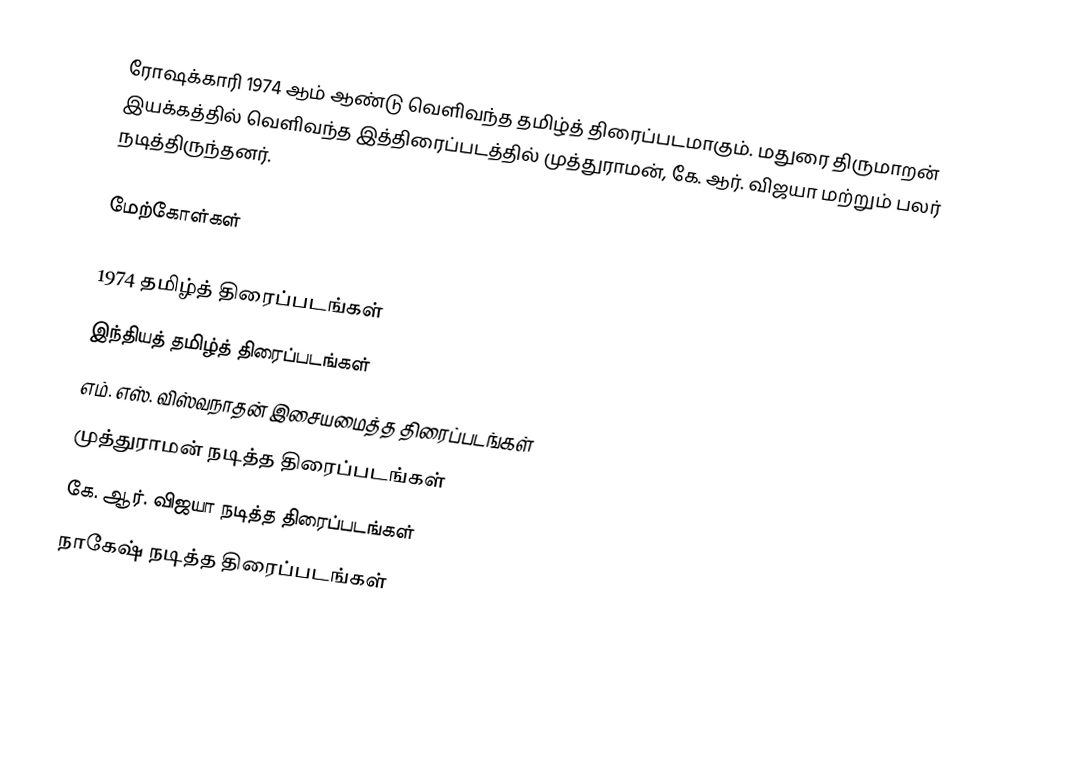
ரோஷக்காரி 1974 ஆம் ஆண்டு வெளிவந்த தமிழ்த் திரைப்படமாகும். மதுரை திருமாறன் இயக்கத்தில் வெளிவந்த இத்திரைப்படத்தில் முத்துராமன், கே. ஆர். விஜயா மற்றும் பலர் நடித்திருந்தனர்.

மேற்கோள்கள்

1974 தமிழ்த் திரைப்படங்கள்
இந்தியத் தமிழ்த் திரைப்படங்கள்
எம். எஸ். விஸ்வநாதன் இசையமைத்த திரைப்படங்கள்
முத்துராமன் நடித்த திரைப்படங்கள்
கே. ஆர். விஜயா நடித்த திரைப்படங்கள்
நாகேஷ் நடித்த திரைப்படங்கள்